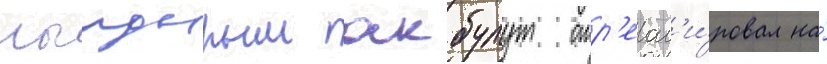
иылдырым акбулут отр'еаг'и́ровал на́